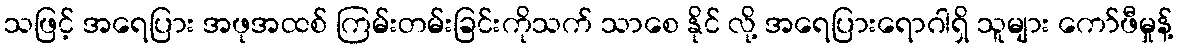
သဖြင့် အရေပြား အဖုအထစ် ကြမ်းတမ်းခြင်းကိုသက် သာစေ နိုင် လို့ အရေပြားရောဂါရှိ သူများ ကော်ဖီမှုန့်